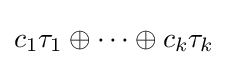
c_{1}\tau _{1}\oplus \cdots \oplus c_{k}\tau _{k}